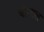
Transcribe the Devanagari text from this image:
चोग्यल